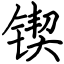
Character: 锲